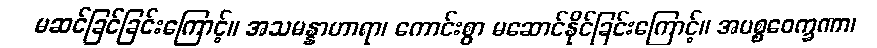
မဆင်ခြင်ခြင်းကြောင့်။ အသမန္နာဟာရာ၊ ကောင်းစွာ မဆောင်နိုင်ခြင်းကြောင့်။ အပစ္စဝေက္ခဏာ၊